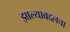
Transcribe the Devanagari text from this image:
झाल्याबद्दलचा